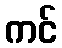
ကင်